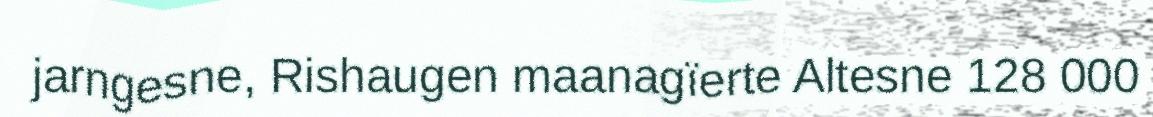
jarngesne, Rishaugen maanagïerte Altesne 128 000